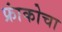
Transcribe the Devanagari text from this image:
फ्रांकोचा